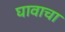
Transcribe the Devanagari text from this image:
घावाचा